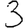
Digit: 3